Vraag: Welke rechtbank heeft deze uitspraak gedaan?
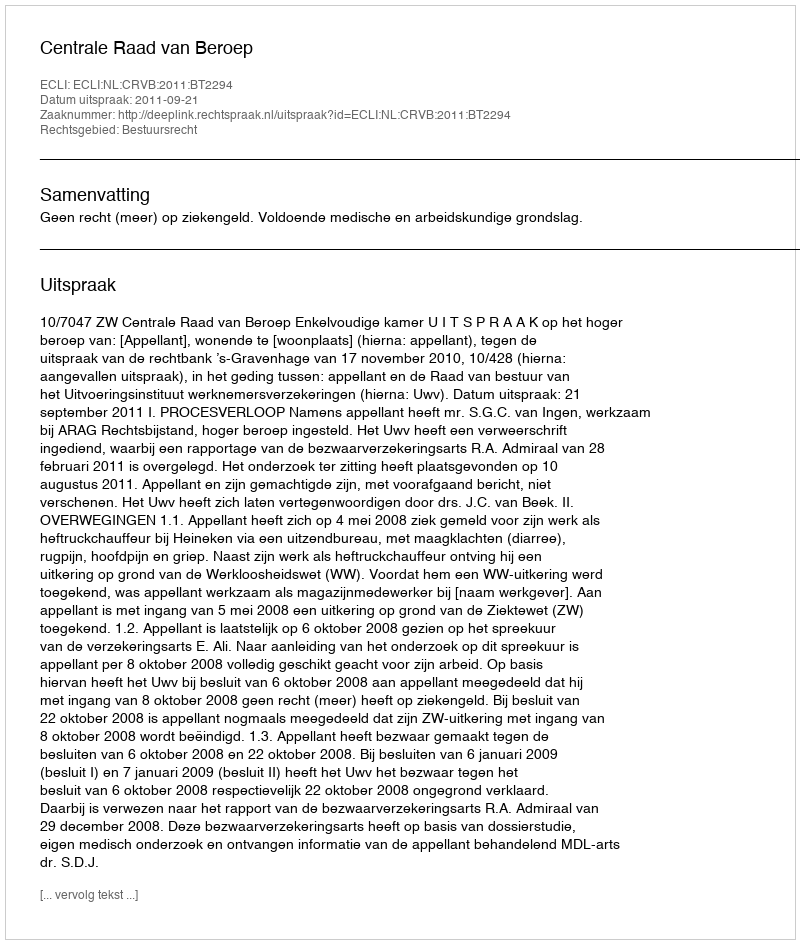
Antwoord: Centrale Raad van Beroep